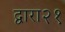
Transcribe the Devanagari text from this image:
द्वारा२१